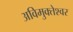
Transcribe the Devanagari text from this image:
अविमुक्तेश्वर